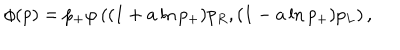
\phi ( p ) = p _ { + } \varphi \left( ( 1 + a \ln p _ { + } ) p _ { R } , ( 1 - a \ln p _ { + } ) p _ { L } \right) ,